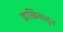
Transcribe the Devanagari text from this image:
डाळिंबातून